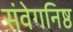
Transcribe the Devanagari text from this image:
संवेगनिष्ठ